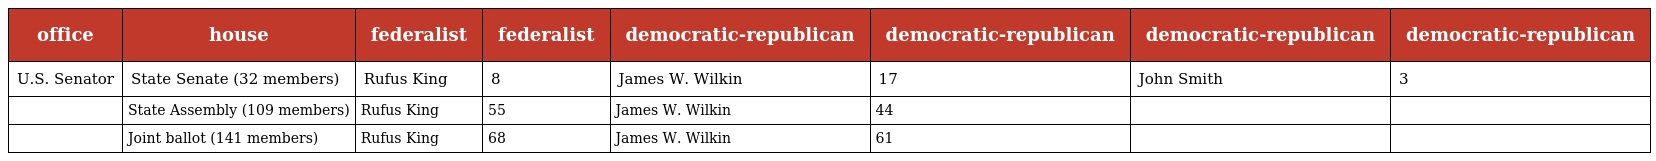
| office | house | federalist | federalist | democratic-republican | democratic-republican | democratic-republican | democratic-republican |
 | --- | --- | --- | --- | --- | --- | --- | --- |
 | U.S. Senator | State Senate (32 members) | Rufus King | 8 | James W. Wilkin | 17 | John Smith | 3 |
 |  | State Assembly (109 members) | Rufus King | 55 | James W. Wilkin | 44 |  |  |
 |  | Joint ballot (141 members) | Rufus King | 68 | James W. Wilkin | 61 |  |  |